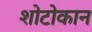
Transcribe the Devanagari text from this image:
शोटोकान